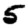
Digit: 5